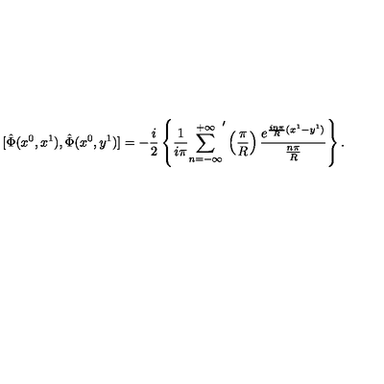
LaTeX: \mathrm { } [ \hat { \Phi } ( x ^ { 0 } , x ^ { 1 } ) , \hat { \Phi } ( x ^ { 0 } , y ^ { 1 } ) ] = - \frac { i } { 2 } \left\{ \frac { 1 } { i \pi } { \sum _ { n = - \infty } ^ { + \infty } } ^ { \prime } \left( \frac { \pi } { R } \right) \frac { e ^ { \frac { i n \pi } { R } ( x ^ { 1 } - y ^ { 1 } ) } } { \frac { n \pi } { R } } \right\} .